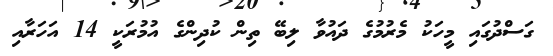
ގަސްދުގައި މީހަކު މެރުމުގެ ދައުވާ ލިބޭ ތިން ކުދިންގެ އުމުރަކީ 14 އަހަރާއި